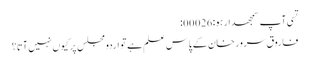
تسی آپ سمجھدار ہو:00026:
فاروق سرور خان کے پاس علم ہے تو اردو مجلس پر کیوں نہیں آتا؟